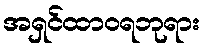
အရှင်ထာဝရဘုရား